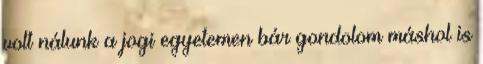
volt nálunk a jogi egyetemen bár gondolom máshol is